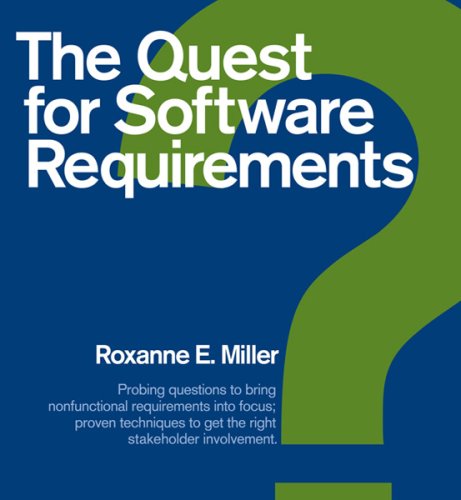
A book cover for The Quest for Software Requirements; Roxanne E. Miller; Computers & Technology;